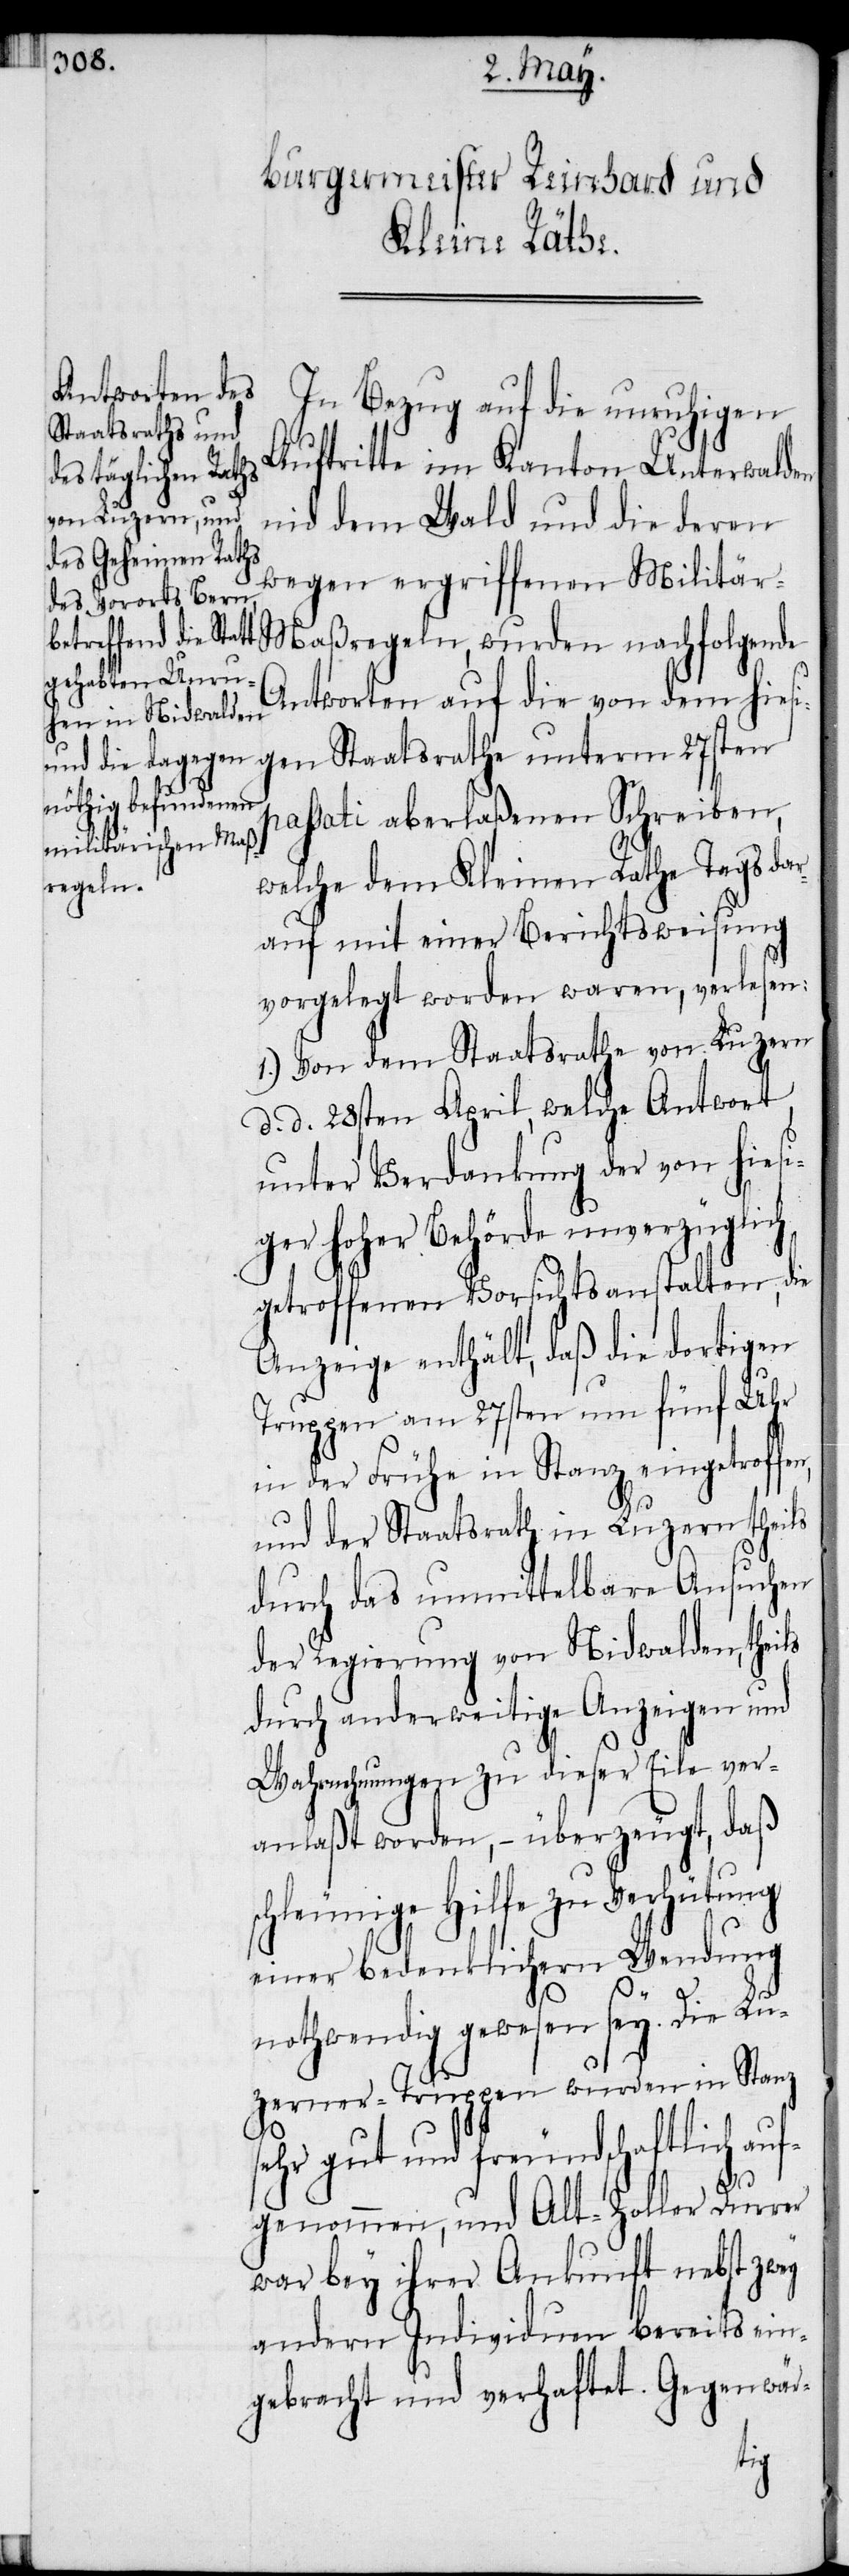
In Bezug auf die unruhigen
Staatsrathe un¬
Auftritte im Kanton Unterwalden
nid dem Wald und die deren
wegen ergriffenen Militär-M¬
aßregeln, wurden nachfolgende
Antworten auf die von dem hies¬
passati aberlaßenen Schreiben,
welche dem Kleinen Rathe Tags dar¬
auf mit einer Berichtsweisung
vorgelegt worden waren, verlesen:
1.) Von dem Staatsrathe von Luzern
d. d. 28sten April, welche Antwort
unter Verdankung der von hiesi¬
ger hoher Behörde unverzüglich
getroffenen Vorsichtsanstalten, die
Anzeige enthält, daß die dortigen
Truppen am 27sten um fünf Uhr
in der Frühe in Stanz eingetroff¬
und der Staatsrath in Luzern theils
durch das unmittelbare Ansuchen
der Regierung von Nidwalden, theils
durch anderweitige Anzeigen und
Wahrnehmungen zu dieser Eile ver¬
anlaßt worden, − überzeugt, daß
schleunige Hilfe zu Verhütung
einer bedenklichern Wendung
nothwendig gewesen sey. Die Lu¬
zerner-Truppen wurden in Stanz
sehr gut und freundschaftlich au¬
term
fgenommen, und Alt-Zoller Durrer
war bey ihrer Ankunft nebst zwey
andern Individuen bereits ein¬
gebracht und verhaftet. Gegenwär-
en,